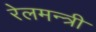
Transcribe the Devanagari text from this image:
रेलमन्त्री